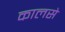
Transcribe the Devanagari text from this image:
कालसे